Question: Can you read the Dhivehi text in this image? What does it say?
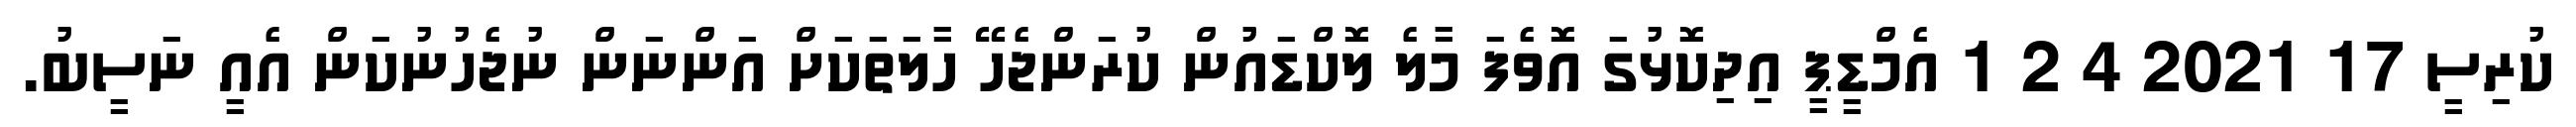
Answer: ކުރިސީ 17 2021 4 2 1 އެމްޑީޕީ އިދިކޮޅުގަ އޮވެފަ މާލެ ލޮކްޑައުން ކުރަންޖެހޭ ހާލަތަކަށް އަންނަން ނުޖެހުނުކަން އެއީ ނަސީބު.